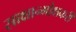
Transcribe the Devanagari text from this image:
साक्षान्मोक्षकरी